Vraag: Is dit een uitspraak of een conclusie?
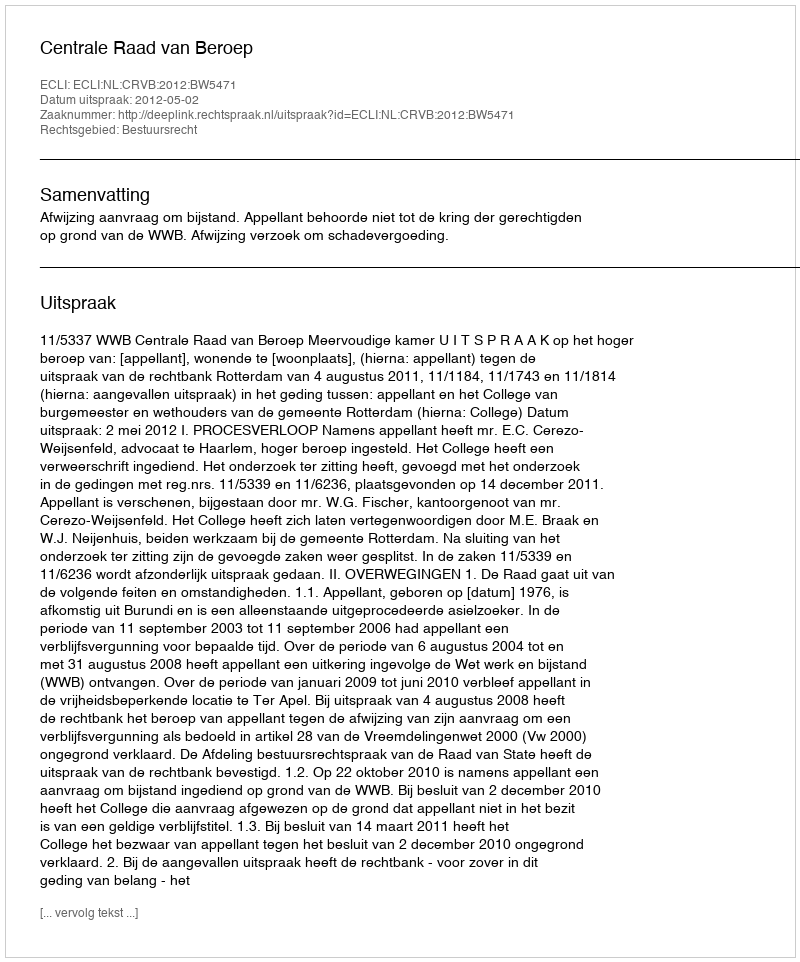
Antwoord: Uitspraak